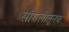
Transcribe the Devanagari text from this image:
सांगलीतूनच